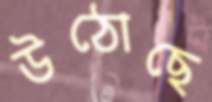
উঠোছে